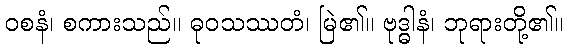
ဝစနံ၊ စကားသည်။ ဓုဝသဿတံ၊ မြဲ၏။ ဗုဒ္ဓါနံ၊ ဘုရားတို့၏။